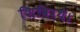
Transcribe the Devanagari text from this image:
शिविरथे।